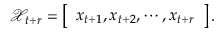
\mathcal X _ { t + r } = \left[ \begin{array} { l } { \boldsymbol x _ { t + 1 } , \boldsymbol x _ { t + 2 } , \cdots , \boldsymbol x _ { t + r } } \end{array} \right] .